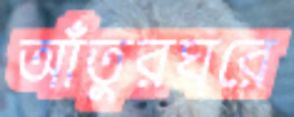
আঁতুরঘরে